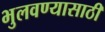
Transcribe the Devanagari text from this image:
भुलवण्यासाठी